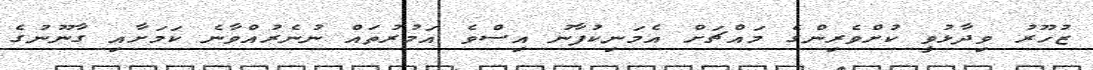
ޒުހޫރު ވިދާޅުވީ ކުށްވެރިންގެ މައްޗަށް އެމަނިކުފާނު އިސްވެ އަމުރުތައް ނުނެރުއްވާނެ ކަމަށާއި ގާނޫނުގެ